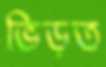
ভিড়ত